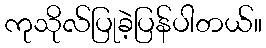
ကုသိုလ်ပြုခဲ့ပြန်ပါတယ်။